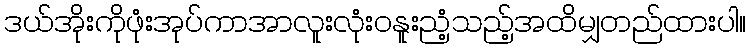
ဒယ်အိုးကိုဖုံးအုပ်ကာအာလူးလုံးဝနူးညံ့သည့်အထိမျှတည်ထားပါ။